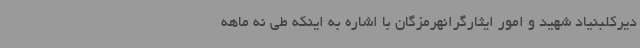
دیرکلبنیاد شهید و امور ایثارگرانهرمزگان با اشاره به اینکه طی نه ماهه